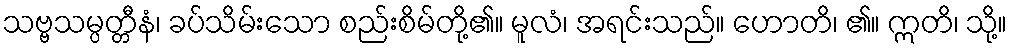
သဗ္ဗသမ္ပတ္တီနံ၊ ခပ်သိမ်းသော စည်းစိမ်တို့၏။ မူလံ၊ အရင်းသည်။ ဟောတိ၊ ၏။ ဣတိ၊ သို့။